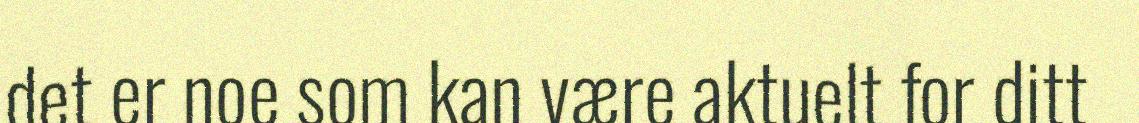
det er noe som kan være aktuelt for ditt